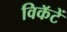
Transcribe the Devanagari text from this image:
विकॅटें